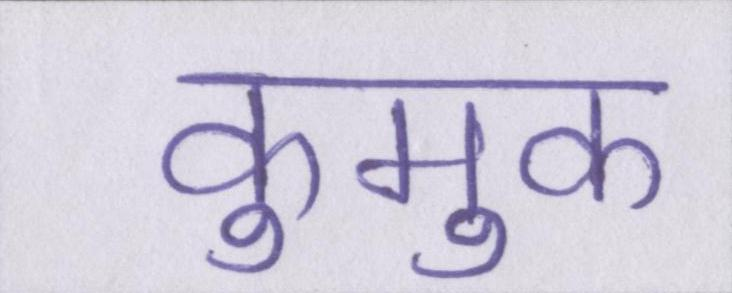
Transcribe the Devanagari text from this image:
कुमुक